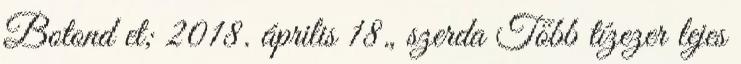
Botond et; 2018. április 18., szerda Több tízezer lejes